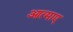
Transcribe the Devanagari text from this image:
आत्माए